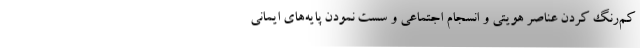
کم‌رنگ کردن عناصر هویتی و انسجام اجتماعی و سست نمودن پایه‌های ایمانی